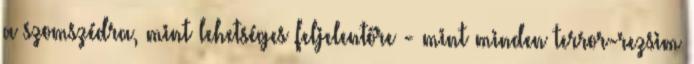
a szomszédra, mint lehetséges feljelentőre - mint minden terror-rezsim